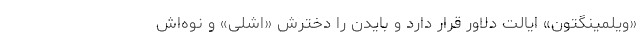
«ویلمینگتون» ایالت دلاور قرار دارد و بایدن را دخترش «اشلی» و نوه‌اش